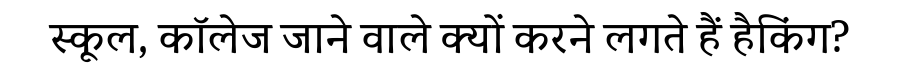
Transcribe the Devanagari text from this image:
स्कूल, कॉलेज जाने वाले क्यों करने लगते हैं हैकिंग?